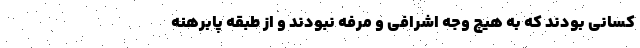
کسانی بودند که به هیچ وجه اشرافی و مرفه نبودند و از طبقه پابرهنه